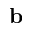
\mathbf { b }